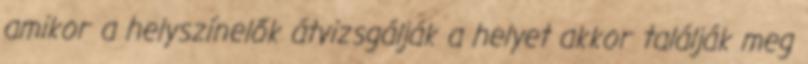
amikor a helyszínelők átvizsgálják a helyet akkor találják meg